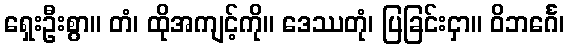
ရှေးဦးစွာ။ တံ၊ ထိုအကျင့်ကို။ ဒေဿတုံ၊ ပြခြင်းငှာ။ ဝိဘင်္ဂေ၊